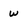
Character: w